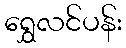
ရွှေလင်ပန်း